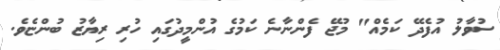
ސުވާލު އުފެދޭ ކަމެއް" މުޖޭ ފެންނާނެ ކަމުގެ އުންމީދުގައި ހުރި ރިޔާޒު ބުންޏެވެ.